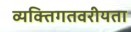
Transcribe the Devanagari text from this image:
व्यक्तिगतवरीयता